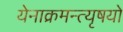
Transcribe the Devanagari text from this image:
येनाक्रमन्त्यृषयो